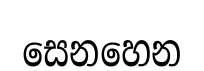
සෙනහෙන